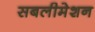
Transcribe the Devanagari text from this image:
सबलीमेशन